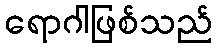
ရောဂါဖြစ်သည်